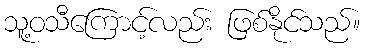
သူ့ဝသီကြောင့်လည်း ဖြစ်နိုင်သည်။